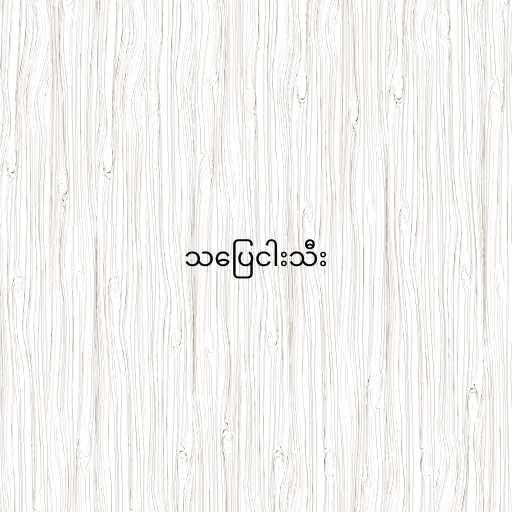
သပြေငါးသီး